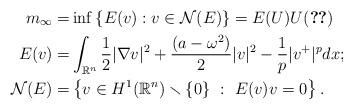
LaTeX: \begin{align*}m_{\infty}= & \inf\left\{ E(v):v\in\mathcal{N}(E)\right\} =E(U)U(\ref{eq:U})\\E(v)= & \int_{\mathbb{R}^{n}}\frac{1}{2}|\nabla v|^{2}+\frac{(a-\omega^{2})}{2}|v|^{2}-\frac{1}{p}|v^{+}|^{p}dx;\\\mathcal{N}(E)= & \left\{ v\in H^{1}(\mathbb{R}^{n})\smallsetminus\{0\}\ :\ E(v)v=0\right\} .\end{align*}